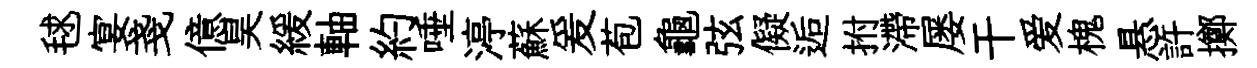
毬宴戔億昊緩軸約唾渟蘇爰苞龜弦儗逅拊滯屡干爱槐悬許擲